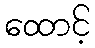
ထောင့်